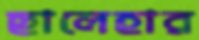
ছালেহার